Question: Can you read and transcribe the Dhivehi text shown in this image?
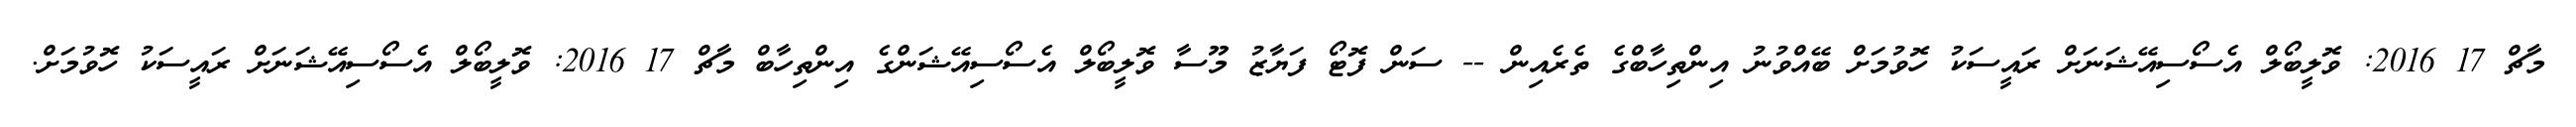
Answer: މާޗް 17 2016: ވޮލީބޯލް އެސޯސިއޭޝަނަށް ރައީސަކު ހޮވުމަށް ބޭއްވުނު އިންތިހާބްގެ ތެރެއިން -- ސަން ފޮޓޯ ފަޔާޒު މޫސާ ވޮލީބޯލް އެސޯސިއޭޝަންގެ އިންތިހާބް މާޗް 17 2016: ވޮލީބޯލް އެސޯސިއޭޝަނަށް ރައީސަކު ހޮވުމަށް.